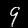
Label: 9